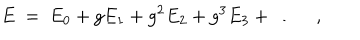
E ~ = ~ E _ { 0 } + g E _ { 1 } + g ^ { 2 } E _ { 2 } + g ^ { 3 } E _ { 3 } + \ldots \quad ,